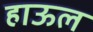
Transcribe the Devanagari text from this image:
हाऊल